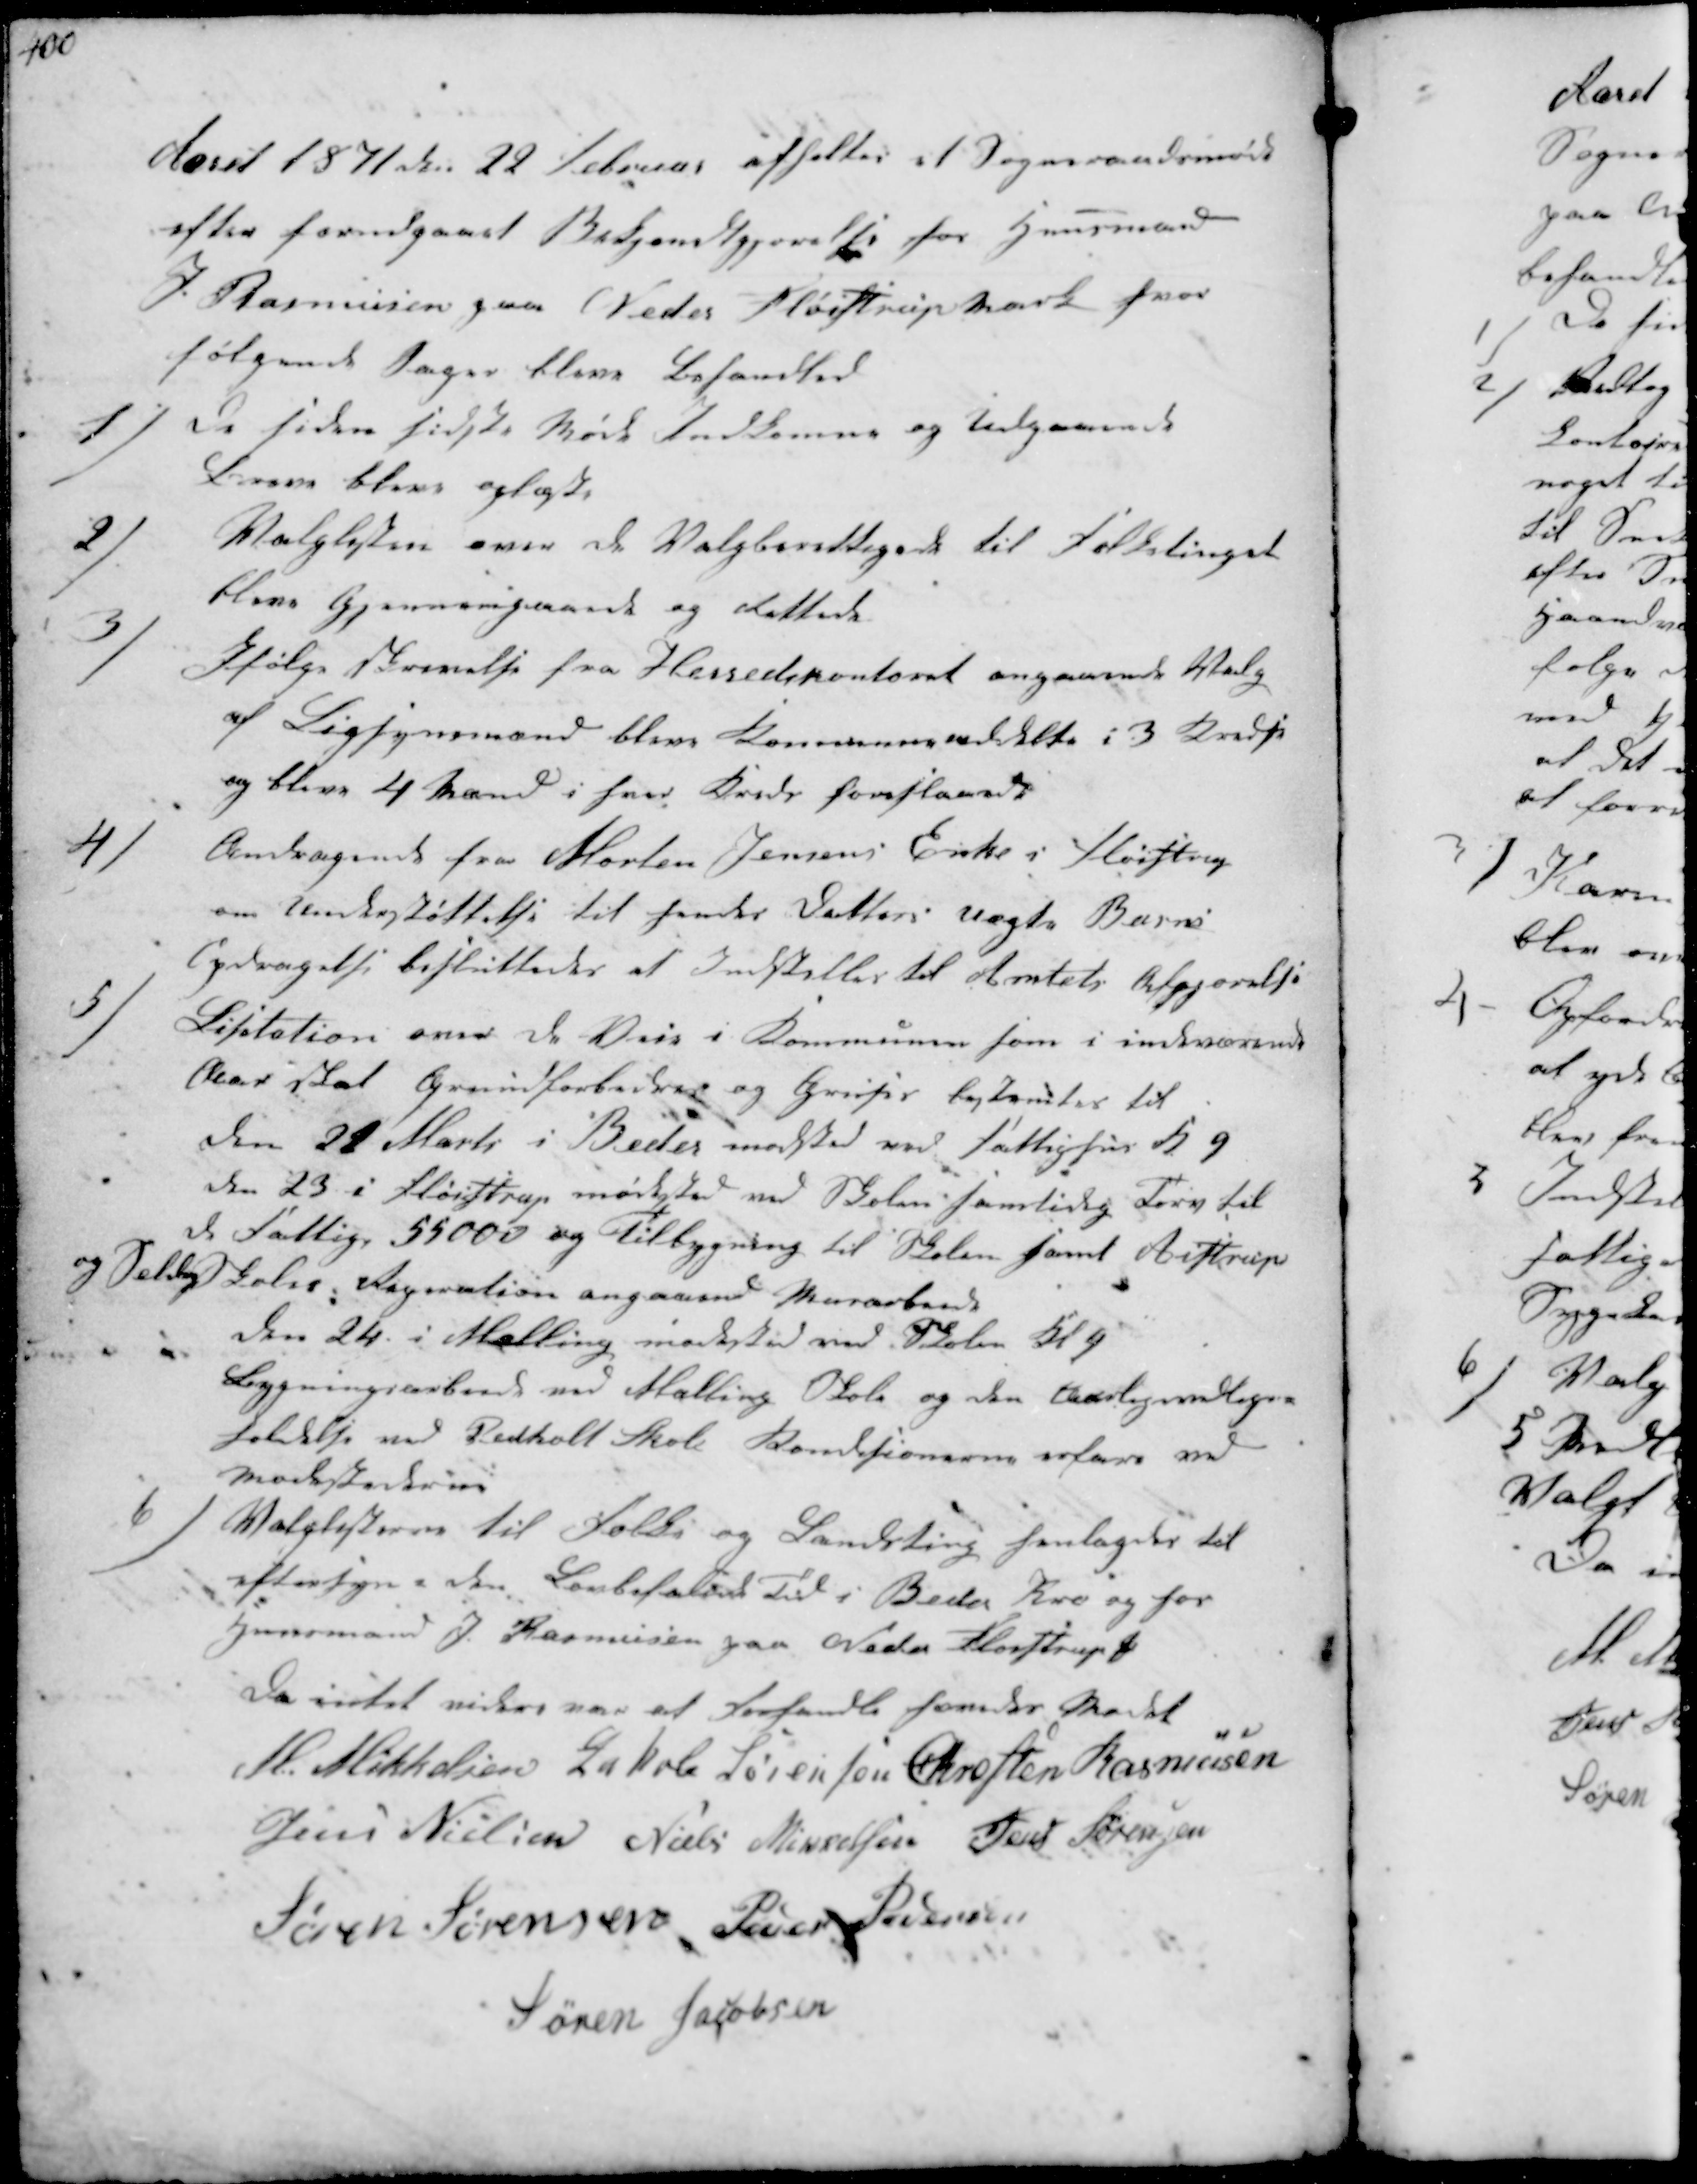
Transskription:
Aaret 1871 den 22 Februar afholtes et Sogneraadsmøde
efter forudgaaet Bekjendtgjørelse for Huusmand
J. Rasmusen paa Neder Fløistrup Mark hvor
følgende Sager bleve behandlede

1/
de siden sidste Møde indkomne og Udgaaende
Breve bleve oplæste

2/
Valglisten over de Valgberettigede til Folketinget
bleve gjennemgaaede og Rettede.

3/
Ifølge Skrivelse fra Herredskontoret angaaende Valg
af Ligsynsmænd blev Kommunen inddelt i 3 Kredse
og blive 4 Mand i hver Kreds foreslaaede

4/
Andragende fra Morten Jensens Enke i Fløistrup
om Understøttelse til hendes Datters uægte Barns
Opdragelse besluttedes at Indstilles til Amtets Afgjørelse

5/
Lisitation over de Veie i Kommunen som i indeværende
Aar skal Grundforbedres og Gruses bestemtes til
den 22 Marts i Beder mødested ved Fattighus Kl 9
den 23 i Fløistrup mødested ved Skolen samtidig Tørv til
de Fattige 55000 og Tilbygning til Skolen samt Aistrup
og Seldrup Skoler. Reparation angaaende Murarbeide
den 24. i Malling mødested ved Skolen Kl 9
Bygningsarbeide ved Malling Skole og den Aarlig vedlige-
holdelse ved Pedholt Skole Konditionerne erfares ved
Mødestederne

6/
Valglisterne til Folke og Landsting henlagdes til
eftersyn i den lovbefalede Tid i Beder Kro og hos
Huusmand J. Rasmussen paa Neder Fløistrup ₻
Da intet videre var at forhandle hævedes Mødet
M. Mikkelsen Jakob Sørensen Chresten Rasmussen
Jens Nielsen Niels Mikkelsen Jens Sørensen
Søren Sørensen Peder Pedersen
Søren Jacobsen